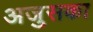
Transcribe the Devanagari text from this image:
अजुसका